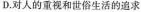
D.对人的重视和世俗生活的追求